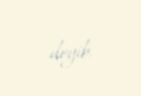
deyib.